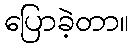
ပြောခဲ့တာ။